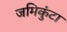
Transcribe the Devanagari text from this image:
जमिकुंटा